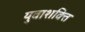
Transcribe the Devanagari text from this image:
युवाशक्‍ित